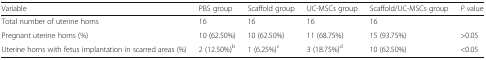
<table><thead><tr><td><b>Variable</b></td><td><b>PBS group</b></td><td><b>Scaffold group</b></td><td><b>UC-MSCs group</b></td><td><b>Scaffold/UC-MSCs group</b></td><td><b><i>P</i> value</b></td></tr></thead><tbody><tr><td>Total number of uterine horns</td><td>16</td><td>16</td><td>16</td><td>16</td><td></td></tr><tr><td>Pregnant uterine horns (%)</td><td>10 (62.50%)</td><td>10 (62.50%)</td><td>11 (68.75%)</td><td>15 (93.75%)</td><td>&gt;0.05</td></tr><tr><td>Uterine horns with fetus implantation in scarred areas (%)</td><td>2 (12.50%)<sup>b</sup></td><td>1 (6.25%)<sup>c</sup></td><td>3 (18.75%)<sup>d</sup></td><td>10 (62.50%)</td><td>&lt;0.05</td></tr></tbody></table>